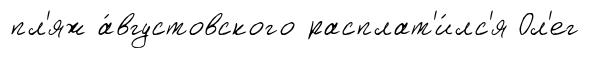
пл'яж а́вгустовского расплат'и́лс'я Ол'ег